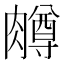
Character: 𫆸